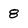
Character: 8